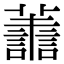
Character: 𮒹